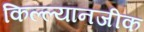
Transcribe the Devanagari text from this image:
किल्ल्यानजीक